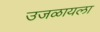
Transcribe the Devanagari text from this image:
उजळायला